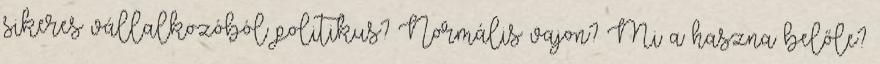
sikeres vállalkozóból politikus? Normális vajon? Mi a haszna belőle?